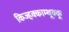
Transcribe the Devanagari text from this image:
किज्हक्काम्थूक्कू